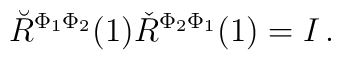
\breve{R}^{\Phi_1\Phi_2}(1)\check{R}^{\Phi_2\Phi_1}(1)=I\,.